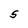
Character: S